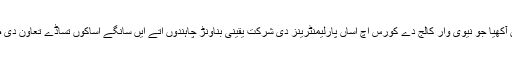
انہاںاسپیکر کوں آکھیا جو نیوی وار کالج دے کورس اچ اساں پارلیمنٹرینز دی شرکت یقینی بناونڑ چاہندوں اتے ایں سانگے اساکوں تساڈے تعاون دی ضرورت پوسی۔